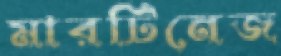
মারটিনেজ